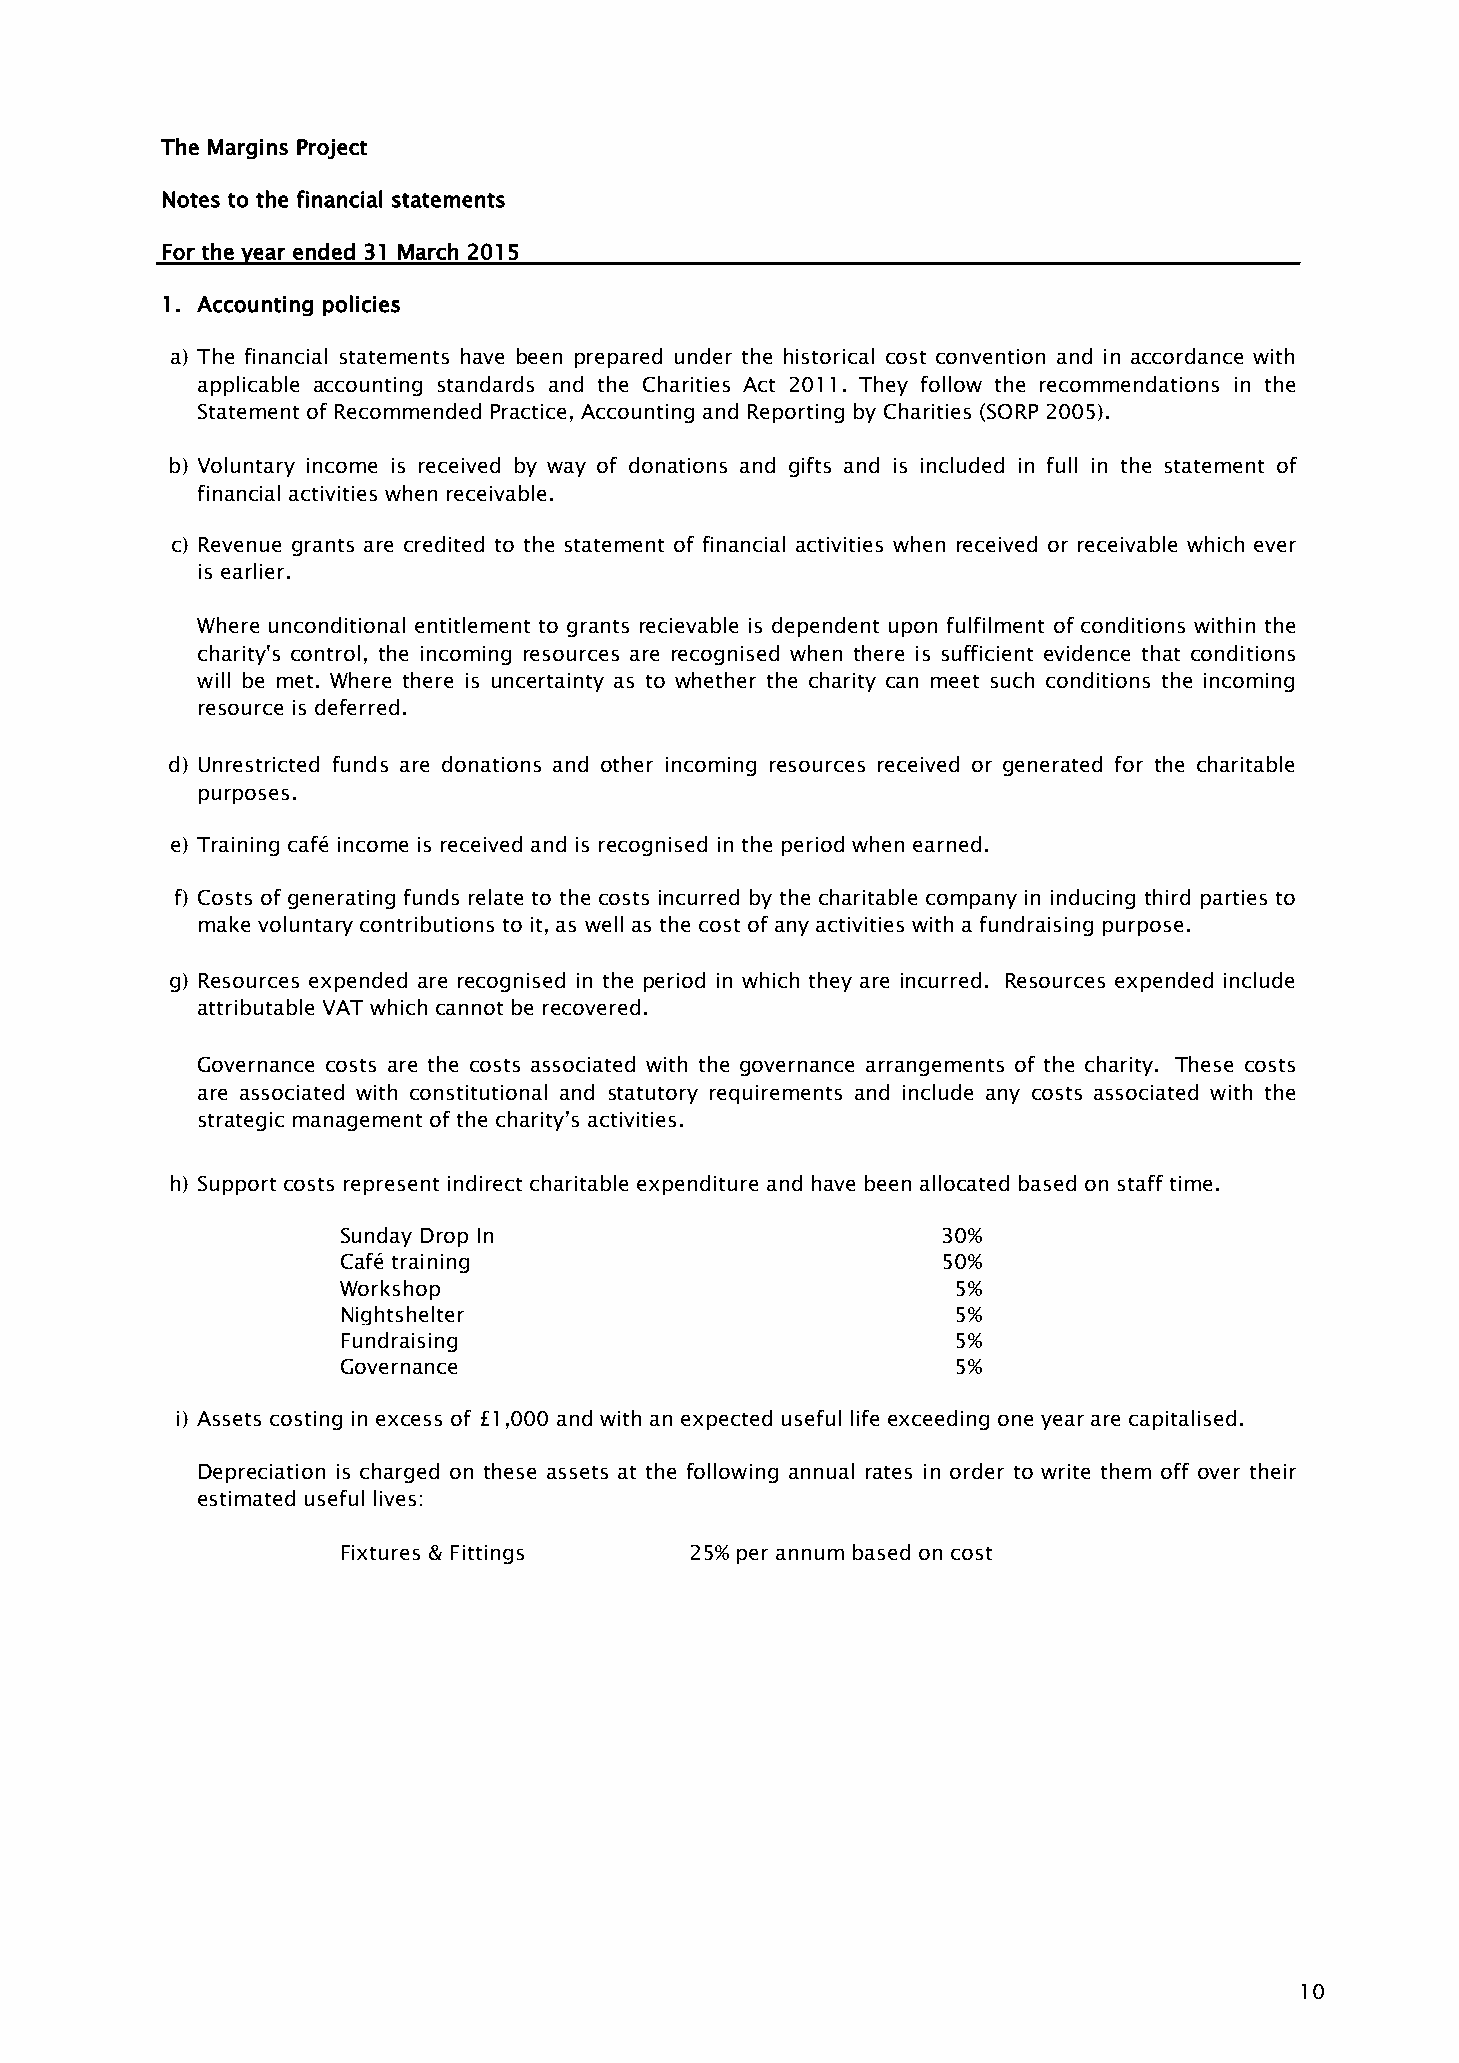
The Margins Project
 Notes to the financial statements
 For the year ended 31 March 2015
 1. Accounting policies
 a) The financial statements have been prepared under the historical cost convention and in accordance with
 applicable accounting standards and the Charities Act 2011. They follow the recommendations in the
 Statement of Recommended Practice, Accounting and Reporting by Charities (SORP 2005).
 b) Voluntary income is received by way of donations and gifts and is included in full in the statement of
 financial activities when receivable.
 c) Revenue grants are credited to the statement of financial activities when received or receivable which ever
 is earlier.
 Where unconditional entitlement to grants recievable is dependent upon fulfilment of conditions within the
 charity's control, the incoming resources are recognised when there is sufficient evidence that conditions
 will be met. Where there is uncertainty as to whether the charity can meet such conditions the incoming
 resource is deferred.
 d) Unrestricted funds are donations and other incoming resources received or generated for the charitable
 purposes.
 e) Training café income is received and is recognised in the period when earned.
 f) Costs of generating funds relate to the costs incurred by the charitable company in inducing third parties to
 make voluntary contributions to it, as well as the cost of any activities with a fundraising purpose.
 g) Resources expended are recognised in the period in which they are incurred. Resources expended include
 attributable VAT which cannot be recovered.
 Governance costs are the costs associated with the governance arrangements of the charity. These costs
 are associated with constitutional and statutory requirements and include any costs associated with the
 strategic management of the charity’s activities.
 h) Support costs represent indirect charitable expenditure and have been allocated based on staff time.
 Sunday Drop In                          30%
 Café training                           50%
 Workshop                                 5%
 Nightshelter                             5%
 Fundraising                              5%
 Governance                               5%
 i) Assets costing in excess of £1,000 and with an expected useful life exceeding one year are capitalised.
 Depreciation is charged on these assets at the following annual rates in order to write them off over their
 estimated useful lives:
 Fixtures & Fittings     25% per annum based on cost
 10